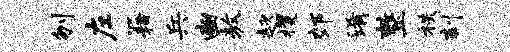
刎左籍兵豳敖趑攫郊淆整秩刻